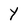
Character: Y